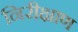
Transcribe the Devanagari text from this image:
निरीक्षाण